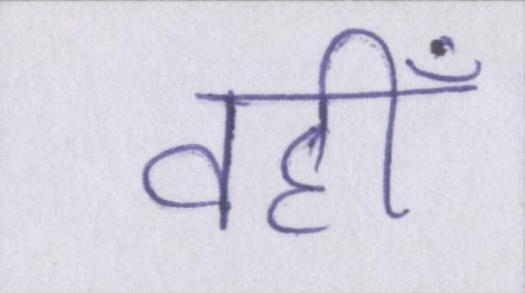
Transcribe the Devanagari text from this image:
वहीँ